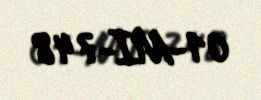
01-MI-748